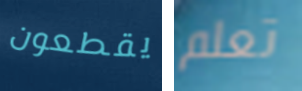
يقطعون تعلم